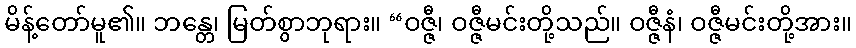
မိန့်တော်မူ၏။ ဘန္တေ၊ မြတ်စွာဘုရား။ “ဝဇ္ဇီ၊ ဝဇ္ဇီမင်းတို့သည်။ ဝဇ္ဇီနံ၊ ဝဇ္ဇီမင်းတို့အား။